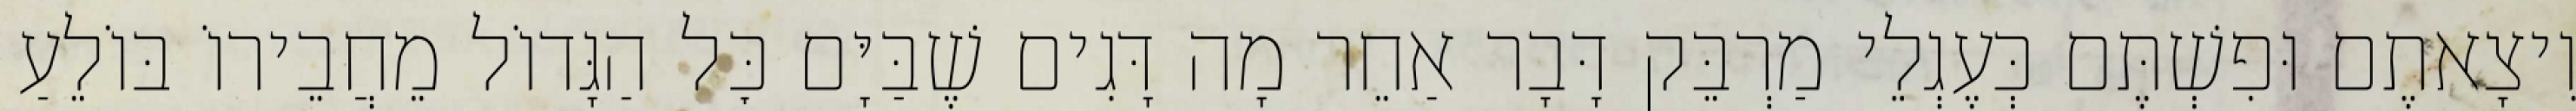
וִיצָאתֶם וּפִשְׁתֶּם כְּעֶגְלֵי מַרְבֵּק דָּבָר אַחֵר מָה דָּגִים שֶׁבַּיָּם כׇּל הַגָּדוֹל מֵחֲבֵירוֹ בּוֹלֵעַ